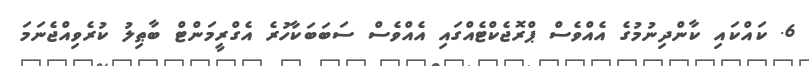
6. ކައްކައި ކާންދިނުމުގެ އެއްވެސް ޕްރޮޖެކްޓެއްގައި އެއްވެސް ސަބަބަކާހުރެ އެގްރީމަންޓް ބާޠިލު ކުރެވިއްޖެނަމަ